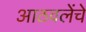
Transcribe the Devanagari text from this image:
आठवलेंचे